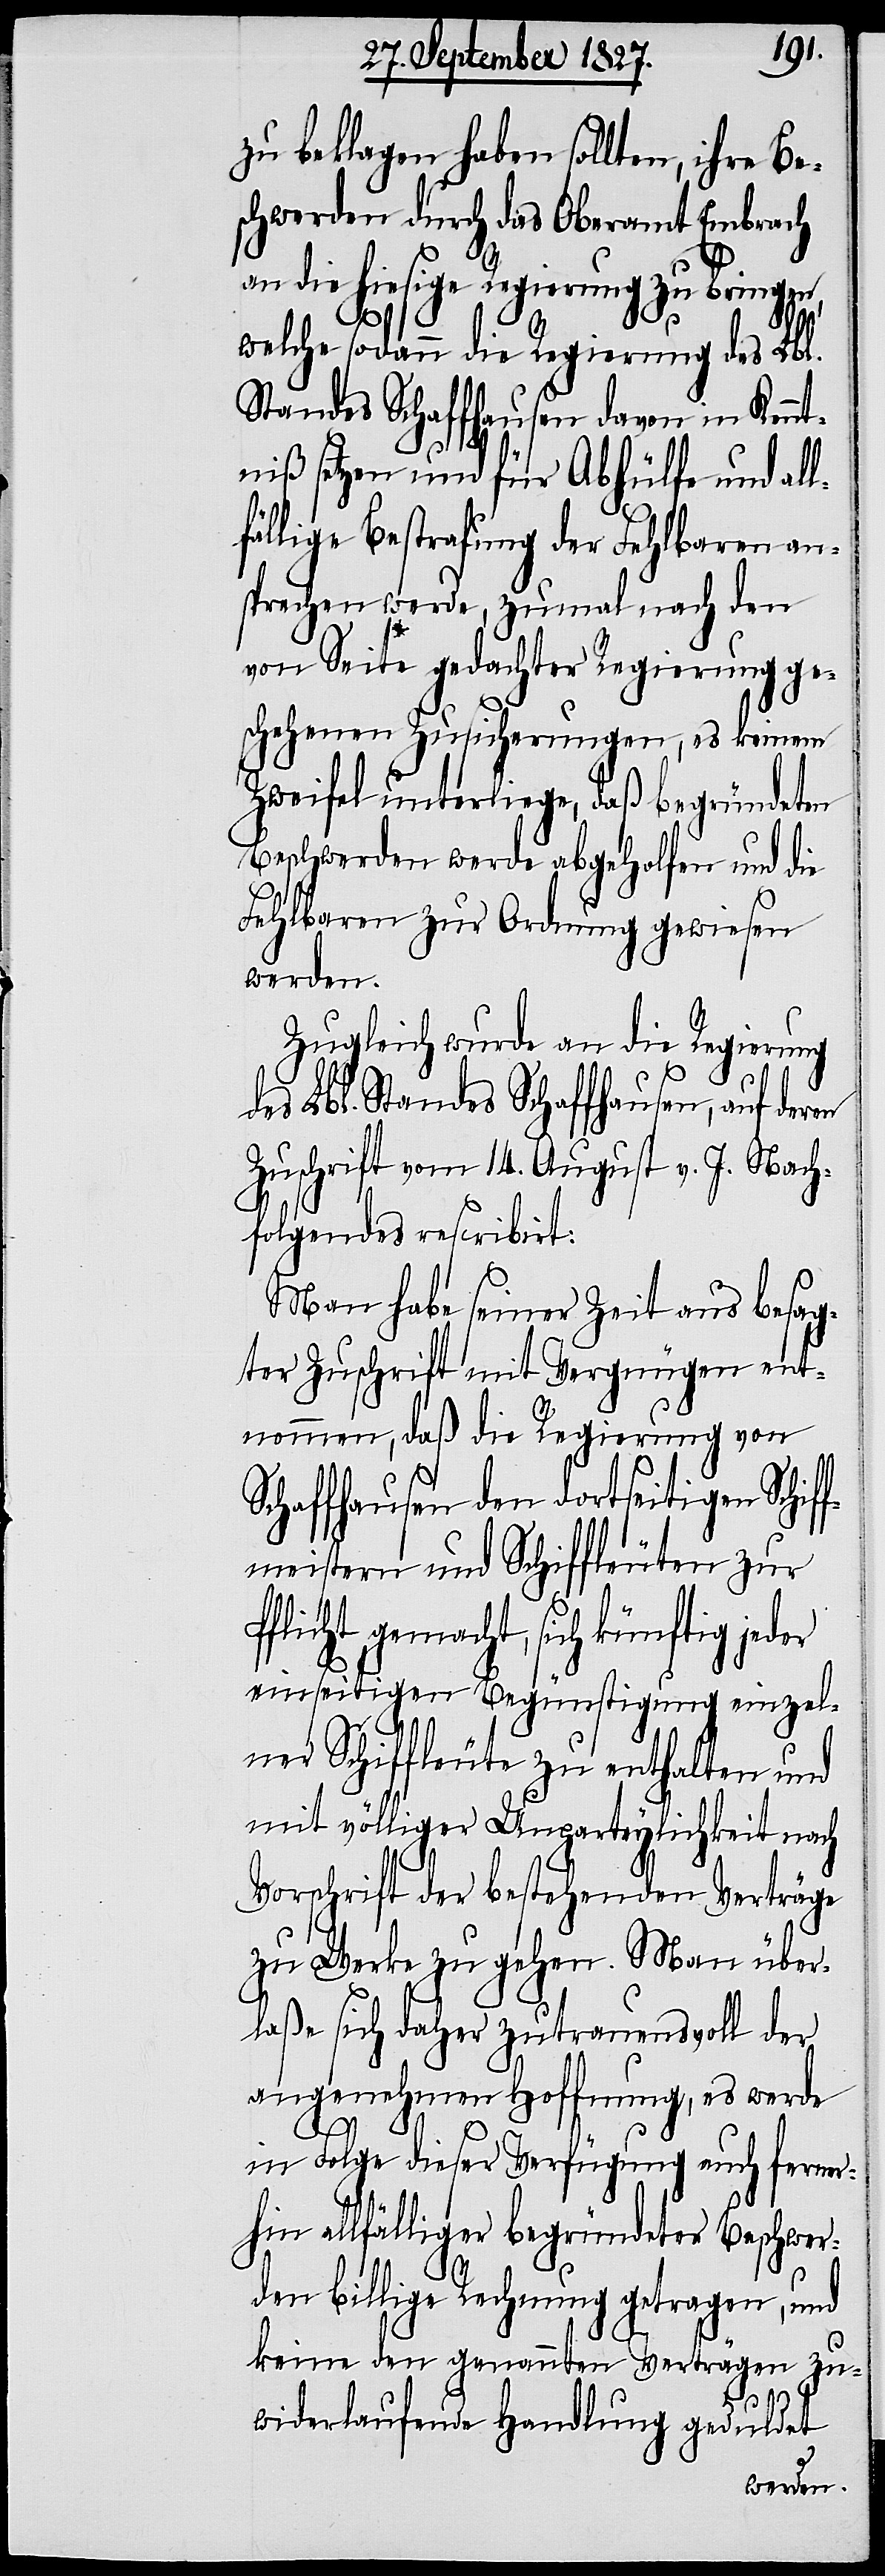
zu beklagen haben sollten, ihre Be¬
schwerden durch das Oberamt Embrach
an die hiesige Regierung zu bringen,
welche sodann die Regierung des Lbl.
Standes Schaffhausen davon in Kennt¬
niß setzen und für Abhülfe und all¬
fällige Bestrafung der Fehlbaren an¬
sprechen werde, zumal nach den
von Seite gedachter Regierung ge¬
schehenen Zusicherungen, es keinem
Zweifel unterliege, daß begründeten
Beschwerden werde abgeholfen und die
Fehlbaren zur Ordnung gewiesen
werden.
Zugleich wurde an die Regierung
des Lbl. Standes Schaffhausen, auf der¬
Zuschrift vom 14. August v. J. Nach¬
folgendes rescribirt:
Man habe seiner zeit aus besag¬
ter Zuschrift mit Vergnügen ent¬
nommen, daß die Regierung von
Schaffhausen den dortseitigen Schif¬
fmeistern und Schiffleuten zur
Pflicht gemacht, sich künftig jed¬
einseitigen Begünstigung einzel¬
ner Schiffleute zu enthalten und
mit völliger Unparteylichkeit nach
Vorschrift der bestehenden Verträge
zu Werke zu gehen. Man über¬
laße sich daher zutrauensvoll der
angenehmen Hoffnung, es werde
er
in Folge dieser Verfügung auch ferner¬
hin allfälliger begründeter Beschwer¬
den billige Rechnung getragen, und
keine den genannten Verträgen zu¬
widerlaufende Handlung geduldet